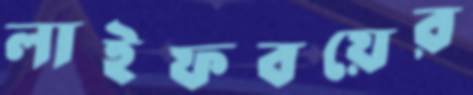
লাইফবয়ের